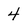
Character: 4